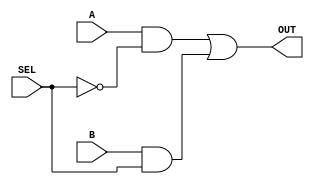
module mux2X1_gate_level (A,B,SEL,OUT);
	input A,B,SEL;
	output OUT;
	wire w1,w2,w3;
	not(w3,SEL);
	and(w1,A,w3);
	and(w2,B,SEL);
	or(OUT,w1,w2);
endmodule